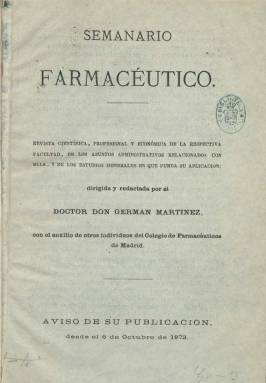
Título: Semanario farmacéutico
Colección: Farmacia
Ámbito geográfico: Madrid
Lugar de publicación: Madrid
Fechas: 08/09/1872-30/12/1894

Revista científica, profesional, económica y administrativa –como se señala en su cabecera– fundada por el doctor Germán Martínez Álvarez (1826-1879), que aparece el seis de octubre de 1872, para sustituir a El Restaurador farmacéutico (1844), que había pasado a publicarse e imprimirse en Barcelona, dejando un vacío en Madrid, en donde sólo se publicaba La Farmacia española (1869), como órgano oficial del Colegio Oficial de Farmacéuticos de Madrid. El Semanario…, al que su fundador le dará un talante conservador, riguroso, independiente y alejado de polémicas, contará con la colaboración de profesores y miembros del citado colegio profesional, entre ellos José de Pontes y Rosales, Joaquín Olmedilla y Puig y Manuel Pardo Bartolinial.

Martínez Álvarez, que ya había sido redactor de El Restaurador… y participado en la formación de la Sociedad Farmacéutica de Socorros Mutuos, dirá en el prospecto de su revista que defenderá las doctrinas de la farmacia científica y los derechos sociales de sus profesionales. El nuevo periódico se publicará cada domingo, en cuadernillos entre dieciséis y ocho páginas, en formato octavo marquilla, en las que se incluyen las de una cubierta, en la que insertará anuncios profesionales y bibliográficos, siendo estampados, primero en la Imprenta de José M. Ducazcal y, después, en el Establecimiento Tipográfico del Hospicio.

En sus páginas se publicarán artículos doctrinales, científicos, históricos, clínicos o legislativos, así como discursos, actos y acuerdos de las corporaciones académicas, facultativas y asociativas, la normativa emanada de la Universidad Central y los órganos gubernativos, y biografías, crónicas, noticias y avisos, entre otros asuntos. Llegará a insertar también grabados.

El ocho de junio de 1884 pasa a ser dirigido por un culto farmacéutico, académico y publicista, el catedrático de Ciencias de la Universidad Central Vicente Martín de Argenta (1829-1896). Ofrecerá un cuadro de colaboradores, entre los que se encuentran Manuel Arribas, Ángel Bazán, E. Boseá y Casanoves, Liborio Cárcamo, Julián Casaña y Leonardo, Saturnino Fernández de Salas, José Font y Martí o Bonifacio Guijo y Fresnedoso, hasta superar la veintena.

La colección la forman tomos correspondientes a cada año académico (comenzando en el mes de octubre), reiniciando la numeración de sus entregas en cada uno de ellos. A partir de octubre de 1873 la paginación será continuada, y a partir del mismo mes de 1874 incluye índices alfabéticos de las materias de cada volumen.

En el último número de la colección, correspondiente al 30 de diciembre de 1894, un aviso indica que debido a la “poca salud de que disfruta nuestro director” impide la continuación de su publicación, pasando La Farmacia española a encargarse de sus suscripciones.